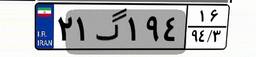
۲۲گ۶۶۶۳۵